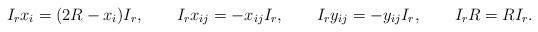
LaTeX: \begin{align*}I_r x_i = (2R - x_i) I_r, \qquad I_r x_{ij} = - x_{ij} I_r, \qquad I_r y_{ij}= - y_{ij} I_r, \qquad I_r R = R I_r. \end{align*}